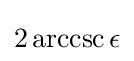
2\operatorname {arccsc} \epsilon